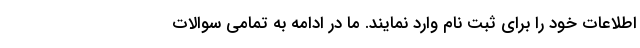
اطلاعات خود را برای ثبت نام وارد نمایند. ما در ادامه به تمامی سوالات